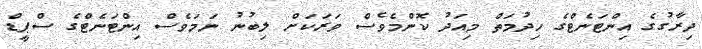
ދިރާގުގެ އިންޓަނެޓްގެ ހިދުމަތް މިއަދު ކޮންމެވެސް ވަރަކަށް ލިބުނު ނަމަވެސް އިންޓަނެޓްގެ ސްޕީޑް